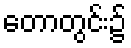
တောတွင်း၌